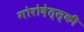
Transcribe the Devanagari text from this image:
गोरोदेत्स्की